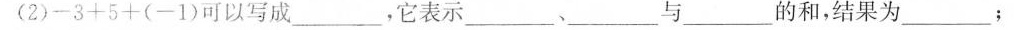
(2)$$- 3 + 5 + ( - 1 )$$可以写成___，它表示___、___与___的和，结果为___；